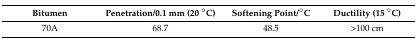
<table><thead><tr><td><b>Bitumen</b></td><td><b>Penetration/0.1 mm (20 °C)</b></td><td><b>Softening Point/°C</b></td><td><b>Ductility (15 °C)</b></td></tr></thead><tbody><tr><td>70A</td><td>68.7</td><td>48.5</td><td>&gt;100 cm</td></tr></tbody></table>